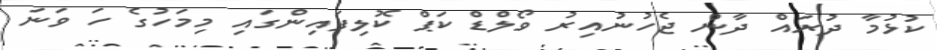
ކުޅުމާ ދުރައް ދާން ޖެހުނުއިރު ވޯލްޑް ކަޕް ކޮލިފައިންގައި މިމަހުގެ ހަ ވަނަ